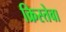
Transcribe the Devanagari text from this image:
क्रिस्तेवा